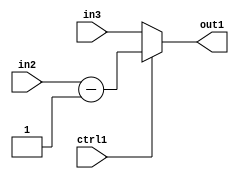
`timescale 1ps / 1ps
/*****************************************************************************
    Verilog RTL Description
    
    
    Created by: Stratus DpOpt 2019.1.01 
*******************************************************************************/

module feature_write_addr_gen_MuxSubi1u3u3u1_4 (
	in3,
	in2,
	ctrl1,
	out1
	); /* architecture "behavioural" */ 
input [2:0] in3,
	in2;
input  ctrl1;
output [2:0] out1;
wire [2:0] asc001,
	asc003;

assign asc003 = 
	+(in2)
	-(3'B001);

reg [2:0] asc001_tmp_0;
assign asc001 = asc001_tmp_0;
always @ (ctrl1 or asc003 or in3) begin
	case (ctrl1)
		1'B1 : asc001_tmp_0 = asc003 ;
		default : asc001_tmp_0 = in3 ;
	endcase
end

assign out1 = asc001;
endmodule

/* CADENCE  v7HzQww= : u9/ySgnWtBlWxVPRXgAZ4Og= ** DO NOT EDIT THIS LINE ******/